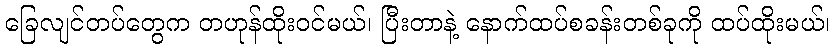
ခြေလျင်တပ်တွေက တဟုန်ထိုးဝင်မယ်၊ ပြီးတာနဲ့ နောက်ထပ်စခန်းတစ်ခုကို ထပ်ထိုးမယ်၊